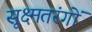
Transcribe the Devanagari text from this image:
सूक्ष्मतरंगों